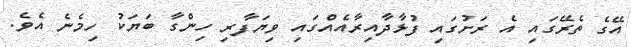
އޭގެ ތެރޭގައި އެ ރަށުގައި ފުޅާދާއިރާއެއްގައި ވިޔަފާރި ހިންގާ ބަޔަކު ހިމެނެ އެވެ.